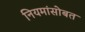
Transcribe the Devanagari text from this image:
नियमांसोबत